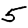
Digit: 5